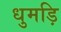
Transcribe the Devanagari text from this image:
धुमड़ि